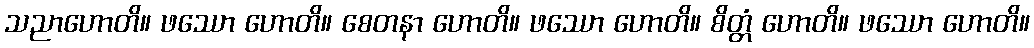
သညာဟောတိ။ ဖဿော ဟောတိ။ စေတနာ ဟောတိ။ ဖဿော ဟောတိ။ စိတ္တံ ဟောတိ။ ဖဿော ဟောတိ။